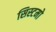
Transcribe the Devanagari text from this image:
सिस्टमो